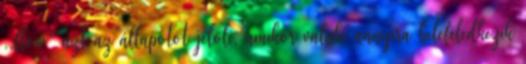
,,flow" azt az állapotot jelöli, amikor valaki annyira belefeledkezik